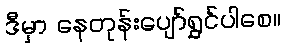
ဒီမှာ နေတုန်းပျော်ရွှင်ပါစေ။